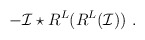
\begin{align*}-\mathcal{I}\star R^L(R^L(\mathcal{I})) \ .\end{align*}